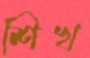
শিখ